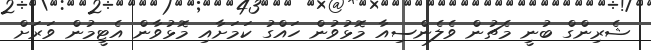
ޝެރިންގް ބުނީ މެޗުން ވެލެންސިއާ މޮޅުވުން ހައްގު ކަމަށާއި މޮޅުވާން އެޓީމުން ވަރަށް